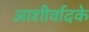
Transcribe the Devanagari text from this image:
आशीर्वादके